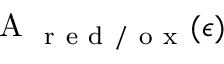
\mathrm { ~ A ~ } _ { \mathrm { ~ r ~ e ~ d ~ / ~ o ~ x ~ } } ( \epsilon )